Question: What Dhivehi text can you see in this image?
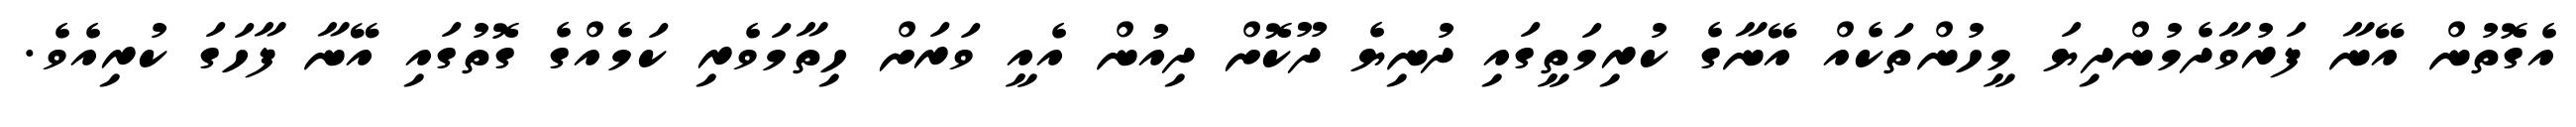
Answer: އެގޮތުން އޭނާ ފަރުވާދެމުންދިޔަ މީހުންތަކެއް އޭނާގެ ކުރިމަތީގައި ދުނިޔެ ދޫކޮށް ދިއުން އެއީ ވަރަށް ހިތާމަވެރި ކަމެއްގެ ގޮތުގައި އޭނާ ފާހަގަ ކުރިއެވެ.